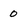
Character: 0